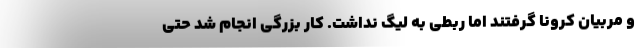
و مربیان کرونا گرفتند اما ربطی به لیگ نداشت. کار بزرگی انجام شد حتی